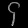
Digit: ၄